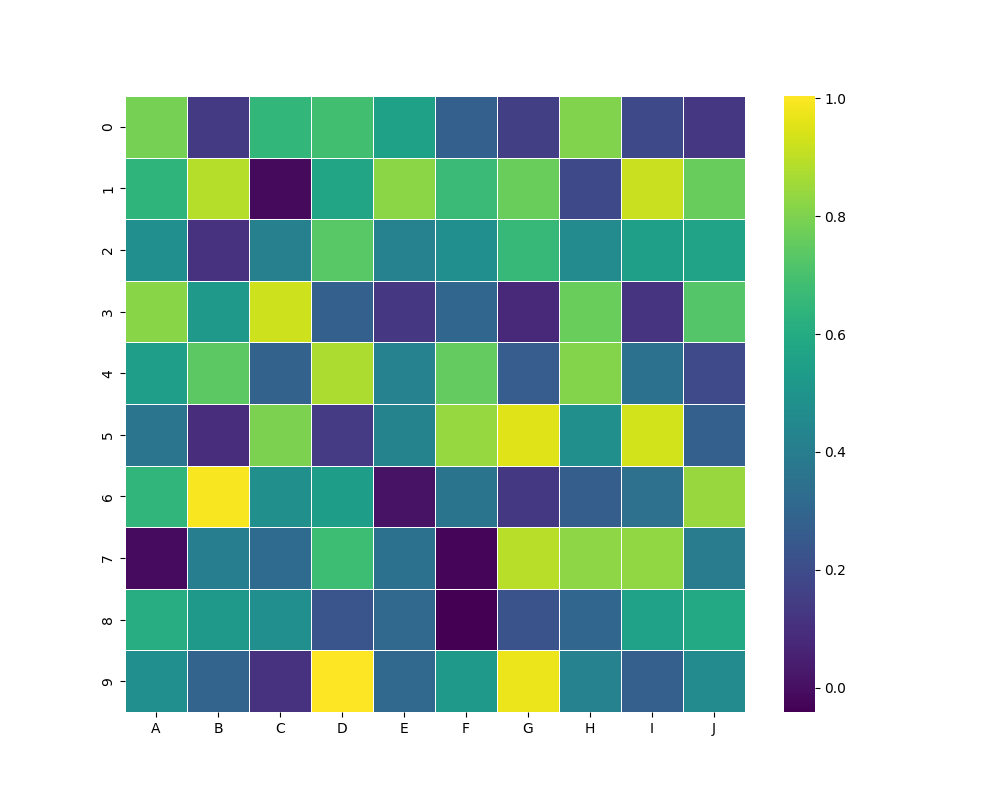
python, seaborn, heatmap, cmap='viridis', linewidths=0.5, center=none